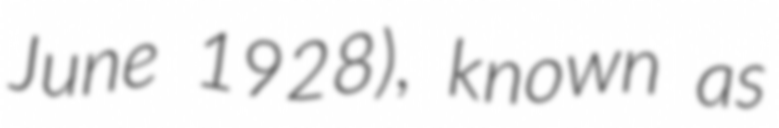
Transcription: June 1928), known as